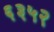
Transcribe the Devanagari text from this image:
६३५२